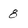
Character: 8